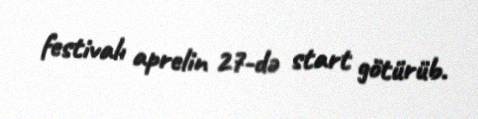
festivalı aprelin 27-də start götürüb.